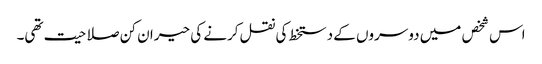
اس شخص میں دوسروں کے دستخط کی نقل کرنے کی حیران کن صلاحیت تھی۔